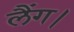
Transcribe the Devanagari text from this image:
लैंग।